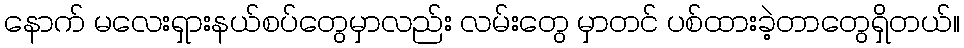
နောက် မလေးရှားနယ်စပ်တွေမှာလည်း လမ်းတွေ မှာတင် ပစ်ထားခဲ့တာတွေရှိတယ်။